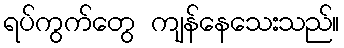
ရပ်ကွက်တွေ ကျန်နေသေးသည်။